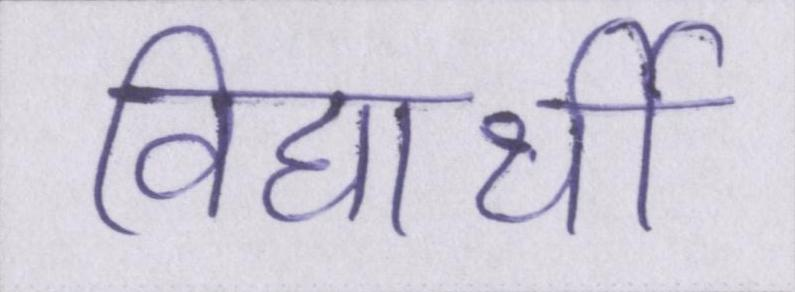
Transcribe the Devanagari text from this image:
विद्यार्थी